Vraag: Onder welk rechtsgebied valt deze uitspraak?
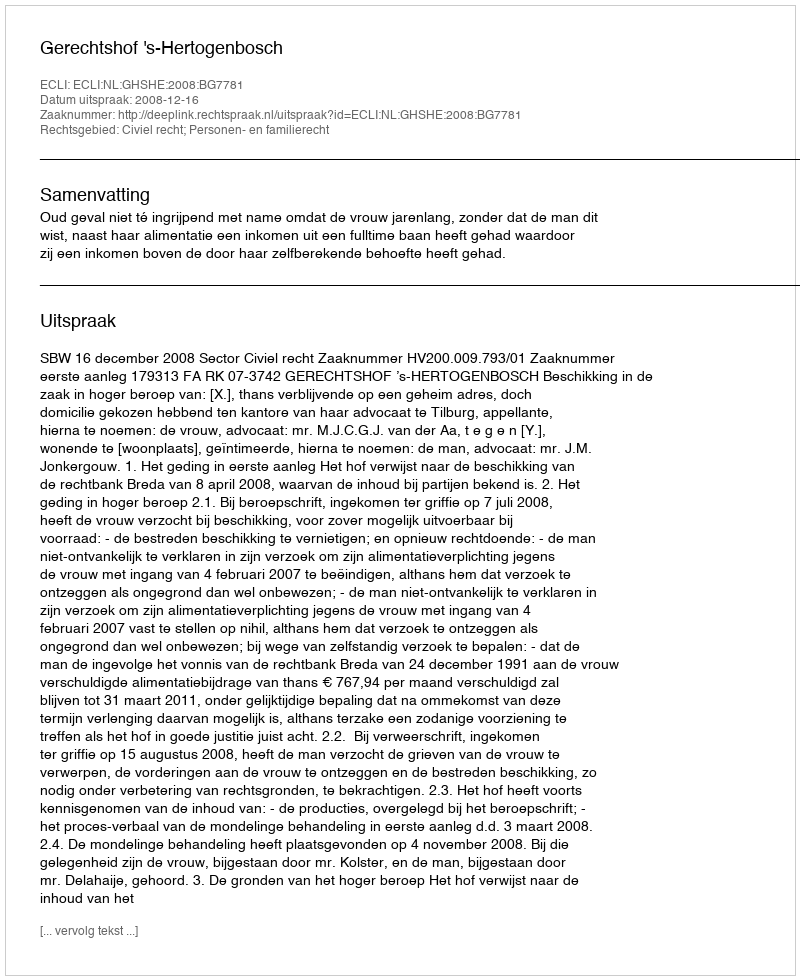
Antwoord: Civiel recht; Personen- en familierecht